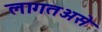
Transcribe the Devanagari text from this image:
लागतअसे